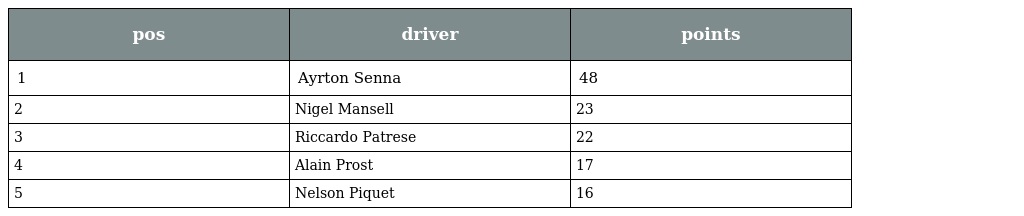
| pos | driver | points |
 | --- | --- | --- |
 | 1 | Ayrton Senna | 48 |
 | 2 | Nigel Mansell | 23 |
 | 3 | Riccardo Patrese | 22 |
 | 4 | Alain Prost | 17 |
 | 5 | Nelson Piquet | 16 |